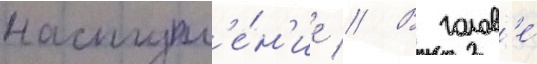
наступл'е́н'ие // В голов'е́